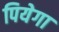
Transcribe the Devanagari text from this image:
पियेगा